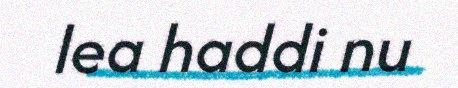
lea haddi nu